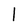
Character: l